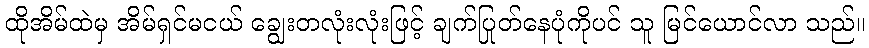
ထိုအိမ်ထဲမှ အိမ်ရှင်မငယ် ချွေးတလုံးလုံးဖြင့် ချက်ပြုတ်နေပုံကိုပင် သူ မြင်ယောင်လာ သည်။